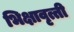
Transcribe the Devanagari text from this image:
भिक्षावृत्ती